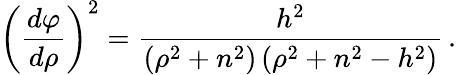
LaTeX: \left({\frac{d\varphi}{d\rho}}\right)^{2}={\frac{h^{2}}{\left(\rho^{2}+n^{2}\right)\left(\rho^{2}+n^{2}-h^{2}\right)}}\, .